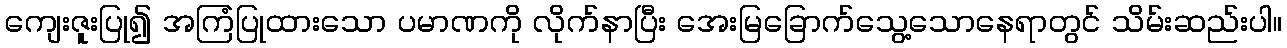
ကျေးဇူးပြု၍ အကြံပြုထားသော ပမာဏကို လိုက်နာပြီး အေးမြခြောက်သွေ့သောနေရာတွင် သိမ်းဆည်းပါ။